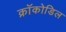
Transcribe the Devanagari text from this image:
क्रॉकोडिल